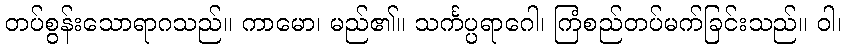
တပ်စွန်းသောရာဂသည်။ ကာမော၊ မည်၏။ သင်္ကပ္ပရာဂေါ၊ ကြံစည်တပ်မက်ခြင်းသည်။ ဝါ၊